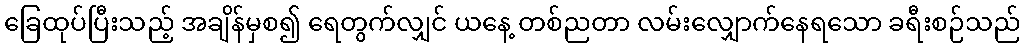
ခြေထုပ်ပြီးသည့် အချိန်မှစ၍ ရေတွက်လျှင် ယနေ့ တစ်ညတာ လမ်းလျှောက်နေရသော ခရီးစဉ်သည်